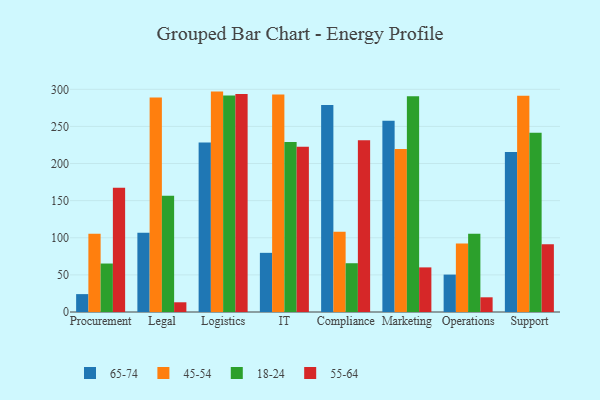
{"axis": {"x": "Department", "y": "Page Views"}, "legend": ["18-24", "45-54", "55-64", "65-74"], "data": [{"x": "Procurement", "y": 24.1, "type": "65-74"}, {"x": "Procurement", "y": 105.5, "type": "45-54"}, {"x": "Procurement", "y": 65.3, "type": "18-24"}, {"x": "Procurement", "y": 167.3, "type": "55-64"}, {"x": "Legal", "y": 106.6, "type": "65-74"}, {"x": "Legal", "y": 289.1, "type": "45-54"}, {"x": "Legal", "y": 156.6, "type": "18-24"}, {"x": "Legal", "y": 13.1, "type": "55-64"}, {"x": "Logistics", "y": 228.5, "type": "65-74"}, {"x": "Logistics", "y": 296.9, "type": "45-54"}, {"x": "Logistics", "y": 291.6, "type": "18-24"}, {"x": "Logistics", "y": 293.8, "type": "55-64"}, {"x": "IT", "y": 79.7, "type": "65-74"}, {"x": "IT", "y": 293.0, "type": "45-54"}, {"x": "IT", "y": 228.9, "type": "18-24"}, {"x": "IT", "y": 222.6, "type": "55-64"}, {"x": "Compliance", "y": 278.9, "type": "65-74"}, {"x": "Compliance", "y": 108.2, "type": "45-54"}, {"x": "Compliance", "y": 65.7, "type": "18-24"}, {"x": "Compliance", "y": 231.4, "type": "55-64"}, {"x": "Marketing", "y": 257.8, "type": "65-74"}, {"x": "Marketing", "y": 219.5, "type": "45-54"}, {"x": "Marketing", "y": 290.6, "type": "18-24"}, {"x": "Marketing", "y": 60.1, "type": "55-64"}, {"x": "Operations", "y": 50.4, "type": "65-74"}, {"x": "Operations", "y": 92.4, "type": "45-54"}, {"x": "Operations", "y": 105.4, "type": "18-24"}, {"x": "Operations", "y": 19.8, "type": "55-64"}, {"x": "Support", "y": 215.4, "type": "65-74"}, {"x": "Support", "y": 291.4, "type": "45-54"}, {"x": "Support", "y": 241.6, "type": "18-24"}, {"x": "Support", "y": 91.3, "type": "55-64"}]}